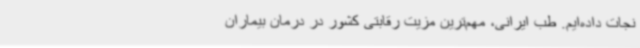
نجات داده‌ایم. طب ایرانی، مهم‌ترین مزیت رقابتی کشور در درمان بیماران